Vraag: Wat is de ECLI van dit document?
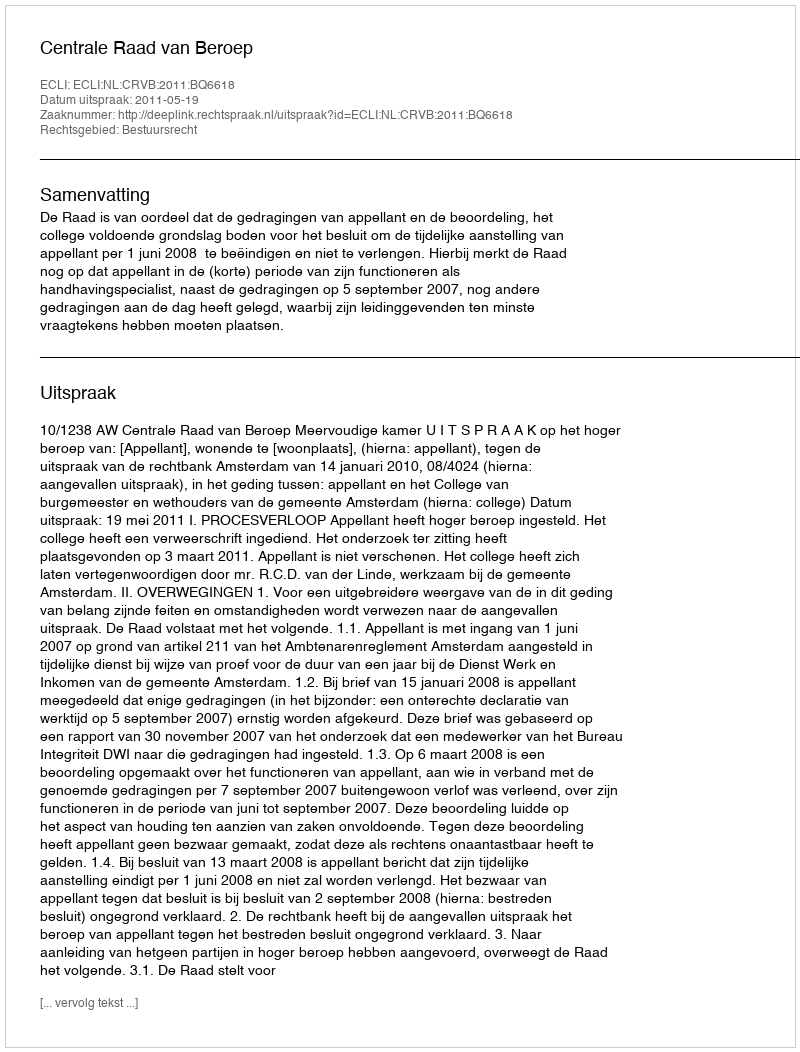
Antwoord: ECLI:NL:CRVB:2011:BQ6618